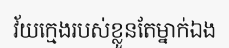
វ័យក្មេងរបស់ខ្លួនតែម្នាក់ឯង